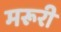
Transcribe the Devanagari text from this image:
मरूरी